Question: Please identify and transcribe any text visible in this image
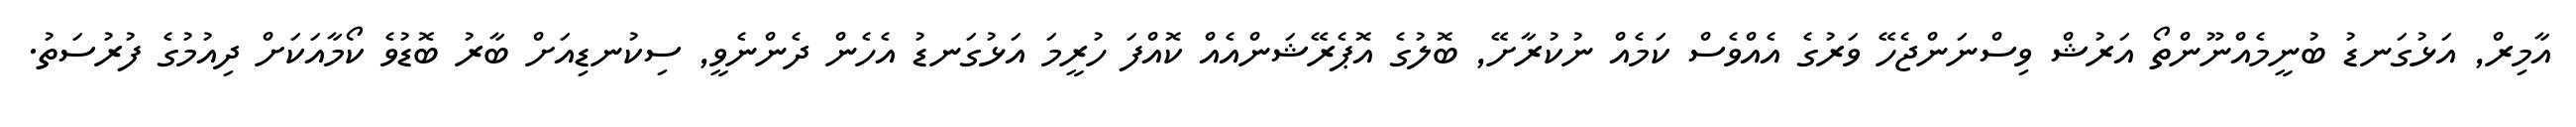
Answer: އާމިރް, އަޅުގަނޑު ބުނީމެއްނޫންތޯ އަރުޝް ވިސްނަންޖެހޭ ވަރުގެ އެއްވެސް ކަމެއް ނުކުރާށޭ, ބޮލުގެ އޮޕެރޭޝަންއެއް ކޮއްފަ ހުރީމަ އަޅުގަނޑު އެހެން ދެންނެވީ, ސިކުނޑިއަށް ބާރު ބޮޑުވެ ކޯމާއަކަށް ދިއުމުގެ ފުރުސަތު.